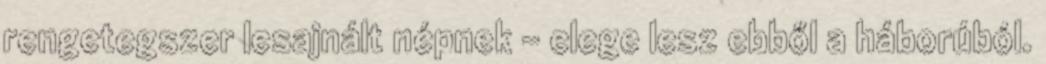
rengetegszer lesajnált népnek – elege lesz ebből a háborúból.